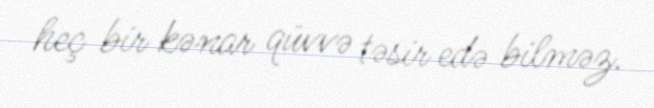
heç bir kənar qüvvə təsir edə bilməz.